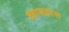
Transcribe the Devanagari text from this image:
कामह्रास